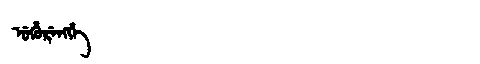
Manchu: ᡠᡥᡠᡵᡝᠩᡤᡝ
Romanization: UHURENGGE